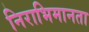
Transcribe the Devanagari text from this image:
निराभिमानता